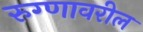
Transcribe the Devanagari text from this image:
रुग्णावरील